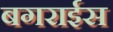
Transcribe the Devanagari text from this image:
बगराईस